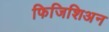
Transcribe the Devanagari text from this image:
फिजिशिअन